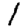
Digit: 1